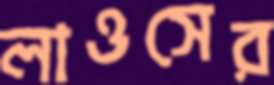
লাওসের